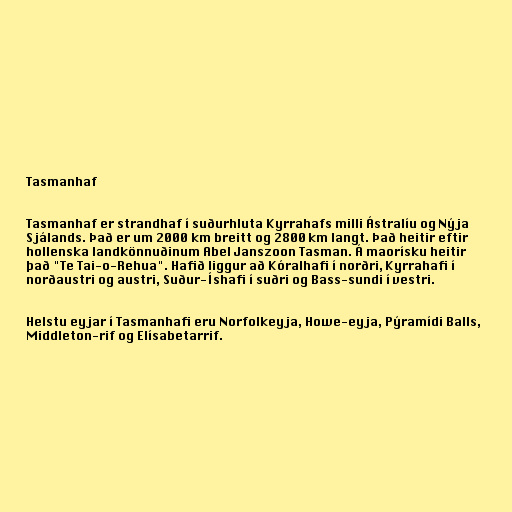
Tasmanhaf

Tasmanhaf er strandhaf í suðurhluta Kyrrahafs milli Ástralíu og Nýja
Sjálands. Það er um 2000 km breitt og 2800 km langt. Það heitir eftir
hollenska landkönnuðinum Abel Janszoon Tasman. Á maorísku heitir
það "Te Tai-o-Rehua". Hafið liggur að Kóralhafi í norðri, Kyrrahafi í
norðaustri og austri, Suður-Íshafi í suðri og Bass-sundi í vestri.

Helstu eyjar í Tasmanhafi eru Norfolkeyja, Howe-eyja, Pýramídi Balls,
Middleton-rif og Elísabetarrif.